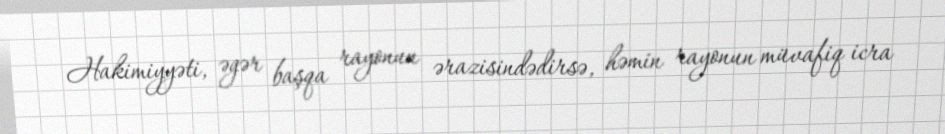
Hakimiyyəti, əgər başqa rayonun ərazisindədirsə, həmin rayonun müvafiq icra